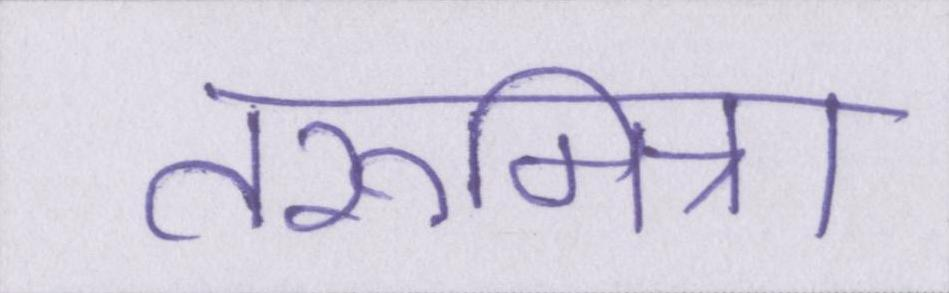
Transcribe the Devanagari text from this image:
तरूमित्रा